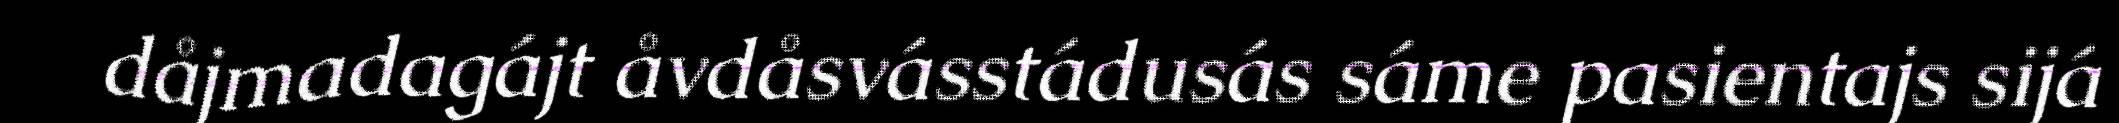
dåjmadagájt åvdåsvásstádusás sáme pasientajs sijá